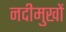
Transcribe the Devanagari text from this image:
नदीमुखों